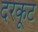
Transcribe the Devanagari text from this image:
दरकूट